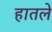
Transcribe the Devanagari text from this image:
हातले